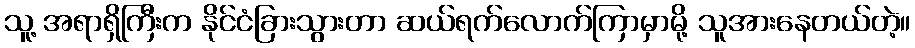
သူ့ အရာရှိကြီးက နိုင်ငံခြားသွားတာ ဆယ်ရက်လောက်ကြာမှာမို့ သူအားနေတယ်တဲ့။